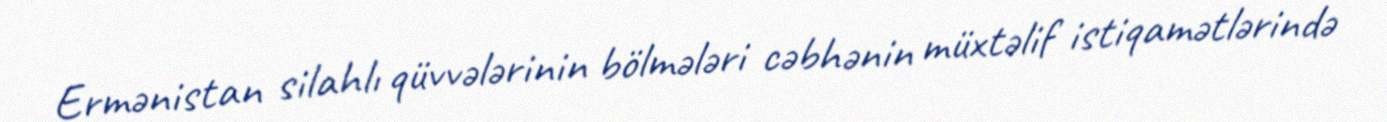
Ermənistan silahlı qüvvələrinin bölmələri cəbhənin müxtəlif istiqamətlərində